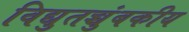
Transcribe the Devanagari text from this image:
विद्युतच्चुंबकीय